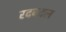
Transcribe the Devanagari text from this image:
रदबदल